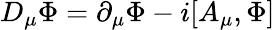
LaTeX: D_{\mu}{\Phi}=\partial_{\mu}{\Phi}-i[A_{\mu},\Phi]